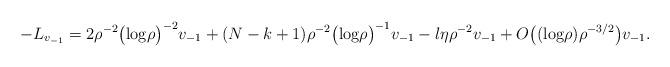
LaTeX: \begin{align*}-L_{v_{-1}}= 2 \rho^{-2}\bigl(\textrm{log} \rho\bigl)^{-2} v_{-1}+ (N-k+1) \rho^{-2}\bigl(\textrm{log} \rho\bigl)^{-1} v_{-1}-\l \eta \rho^{-2} v_{-1} +O\bigl((\textrm{log} \rho) \rho^{-3/2}\bigl) v_{-1}.\end{align*}